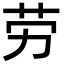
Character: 劳